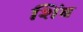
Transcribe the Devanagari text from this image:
शिंब